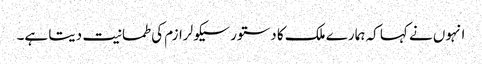
انہوں نے کہا کہ ہمارے ملک کا دستور سیکولرازم کی طمانیت دیتا ہے۔